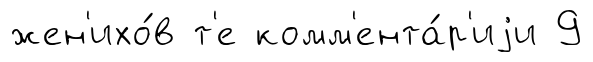
жен'ихо́в т'е комм'ента́р'иjи 9